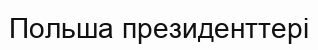
Польша президенттері